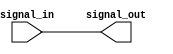
module non_inverting_buffer (
    input signal_in,
    output signal_out
);

assign signal_out = signal_in;

endmodule